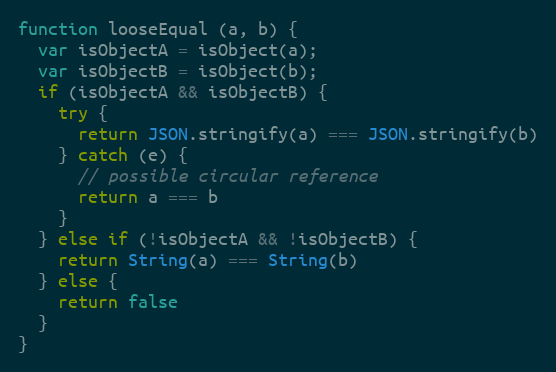
Language: JavaScript
function looseEqual (a, b) {
  var isObjectA = isObject(a);
  var isObjectB = isObject(b);
  if (isObjectA && isObjectB) {
    try {
      return JSON.stringify(a) === JSON.stringify(b)
    } catch (e) {
      // possible circular reference
      return a === b
    }
  } else if (!isObjectA && !isObjectB) {
    return String(a) === String(b)
  } else {
    return false
  }
}